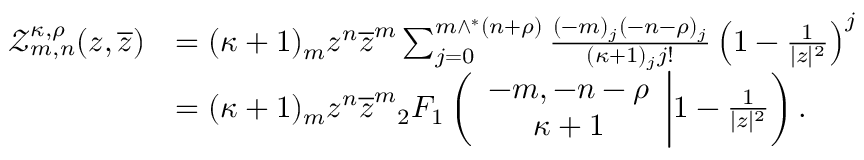
\begin{array} { r l } { \mathcal { Z } _ { m , n } ^ { \kappa , \rho } ( z , \overline { { z } } ) } & { = ( \kappa + 1 ) _ { m } z ^ { n } \overline { { z } } ^ { m } \sum _ { j = 0 } ^ { m \wedge ^ { * } ( n + \rho ) } \frac { ( - m ) _ { j } ( - n - \rho ) _ { j } } { ( \kappa + 1 ) _ { j } j ! } \left( 1 - \frac { 1 } { | z | ^ { 2 } } \right) ^ { j } } \\ & { = ( \kappa + 1 ) _ { m } z ^ { n } \overline { { z } } ^ { m } { _ 2 F _ { 1 } } \left( \begin{array} { c } { - m , - n - \rho } \\ { \kappa + 1 } \end{array} \bigg | 1 - \frac { 1 } { | z | ^ { 2 } } \right) . } \end{array}